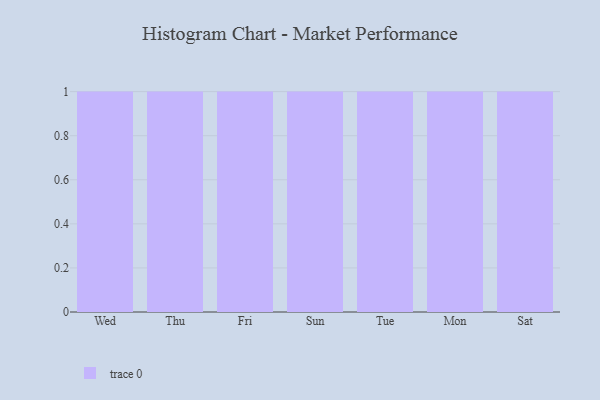
{"axis": {"x": "Day", "y": "Production Output"}, "legend": [""], "data": [{"x": "Wed", "y": 35, "type": ""}, {"x": "Thu", "y": 96, "type": ""}, {"x": "Fri", "y": 73, "type": ""}, {"x": "Sun", "y": 79, "type": ""}, {"x": "Tue", "y": 73, "type": ""}, {"x": "Mon", "y": 1, "type": ""}, {"x": "Sat", "y": 92, "type": ""}]}